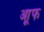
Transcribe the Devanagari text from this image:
आूफ